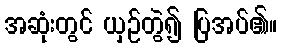
အဆုံးတွင် ယှဉ်တွဲ၍ ပြအပ်၏။